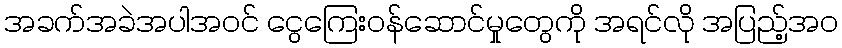
အခက်အခဲအပါအဝင် ငွေကြေးဝန်ဆောင်မှုတွေကို အရင်လို အပြည့်အဝ